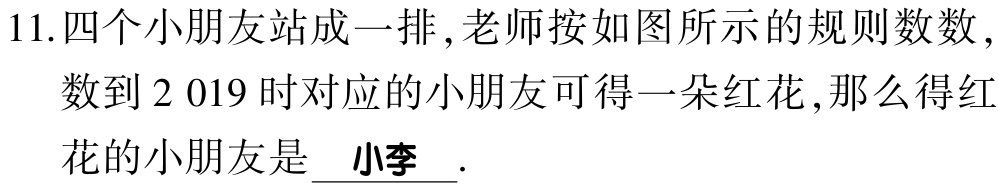
11.四个小朋友站成一排,老师按如图所示的规则数数,数到$2\ 019$时对应的小朋友可得一朵红花,那么得红花的小朋友是 \underline{ 小李 }.